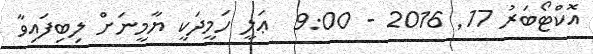
އޮކްޓޯބަރު 17